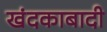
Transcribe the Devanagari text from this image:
खंदकाबादी